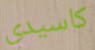
كاسيدي